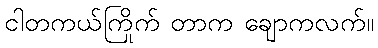
ငါတကယ်ကြိုက် တာက ချောကလက်။